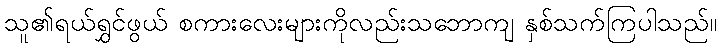
သူ၏ရယ်ရွှင်ဖွယ် စကားလေးများကိုလည်းသဘောကျ နှစ်သက်ကြပါသည်။